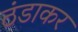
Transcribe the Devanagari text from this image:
ठंडाकर